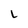
Character: L